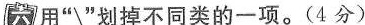
六 用“\”划掉不同类的一项。(4分)